Assam Mental Hospital (Tezpur, India) - 1933-1948
Year: 1933
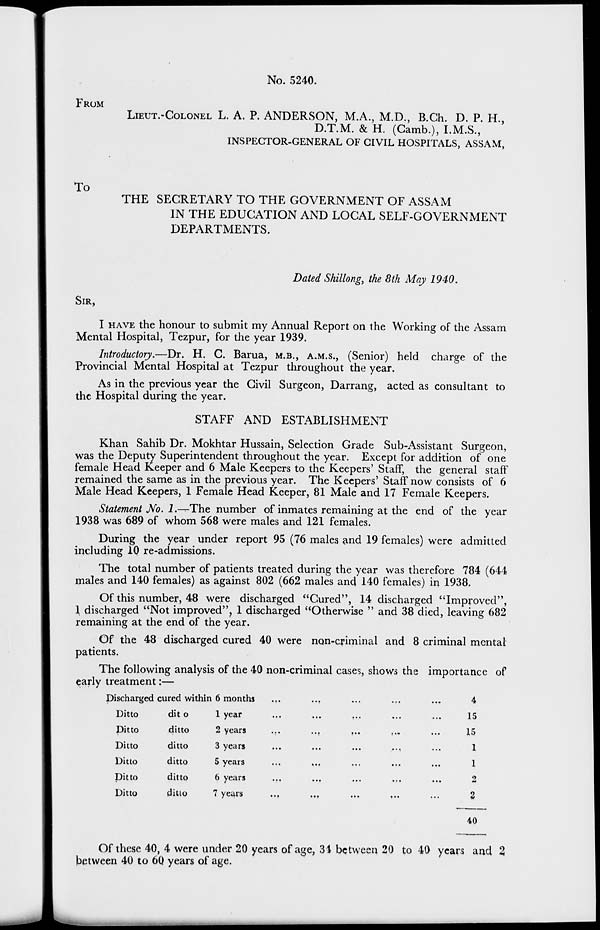
No. 5240.
FROM
LIEUT.-COLONEL L. A. P. ANDERSON, M.A., M.D., B.Ch. D. P. H.,
D.T.M. & H. (Camb.), I.M.S.,
INSPECTOR-GENERAL OF CIVIL HOSPITALS, ASSAM,
To
THE SECRETARY TO THE GOVERNMENT OF ASSAM
IN THE EDUCATION AND LOCAL SELF-GOVERNMENT
DEPARTMENTS.
Dated Shillong, the 8th May 1940.
SIR,
I HAVE the honour to submit my Annual Report on the Working of the Assam
Mental Hospital, Tezpur, for the year 1939.
Introductory.—Dr. H. C. Barua, M.B., A.M.S., (Senior) held charge of the
Provincial Mental Hospital at Tezpur throughout the year.
As in the previous year the Civil Surgeon, Darrang, acted as consultant to
the Hospital during the year.
STAFF AND ESTABLISHMENT
Khan Sahib Dr. Mokhtar Hussain, Selection Grade Sub-Assistant Surgeon,
was the Deputy Superintendent throughout the year. Except for addition of one
female Head Keeper and 6 Male Keepers to the Keepers' Staff, the general staff
remained the same as in the previous year. The Keepers' Staff now consists of 6
Male Head Keepers, 1 Female Head Keeper, 81 Male and 17 Female Keepers.
Statement No. 1.–The number of inmates remaining at the end of the year
1938 was 689 of whom 568 were males and 121 females.
During the year under report 95 (76 males and 19 females) were admitted
including 10 re-admissions.
The total number of patients treated during the year was therefore 784 (644
males and 140 females) as against 802 (662 males and 140 females) in 1938.
Of this number, 48 were discharged "Cured", 14 discharged "Improved",
1 discharged "Not improved", 1 discharged "Otherwise " and 38 died, leaving 682
remaining at the end of the year.
Of the 48 discharged cured 40 were non-criminal and 8 criminal mental
patients.
The following analysis of the 40 non-criminal cases, shows the importance of
early treatment:—
Discharged cured within 6 months ... ... ... ... ...
Ditto
Ditto
Ditto
Ditto
Ditto
Ditto
ditto
ditto
ditto
ditto
ditto
ditto
1 year ... ... ... ... ...
2 years ... ... ... ... ...
3 years ... ... ... ... ...
5 years ... ... ... ... ...
6 years
...
...
...
...
...
7 years ... ... ... ... ...
4
15
15
1
1
2
2
40
Of these 40, 4 were under 20 years of age, 34 between 20 to 40 years and 2
between 40 to 60 years of age.